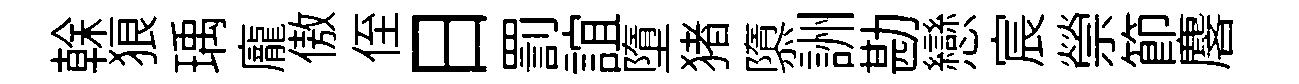
𠏉狼瑀龐傲侄日罰誼墮猪隳詶勘戀宸禜節麐